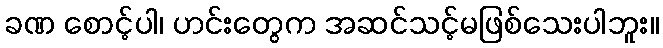
ခဏ စောင့်ပါ၊ ဟင်းတွေက အဆင်သင့်မဖြစ်သေးပါဘူး။